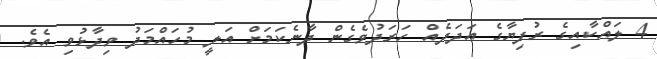
4 ލައްކާއިގެ ރުފިޔާގެ އަދަދެއް ހަރަދުވެގެން ދާނެކަމަށް އަލީ މުހައްމަދު ވިދާޅުވި އެވެ.